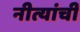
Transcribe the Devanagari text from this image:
नीत्यांची